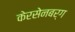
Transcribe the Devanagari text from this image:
केरसेनबर्ग